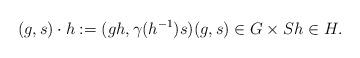
LaTeX: \begin{align*}(g,s)\cdot h := (gh, \gamma(h^{-1})s) (g,s)\in G\times Sh\in H.\end{align*}